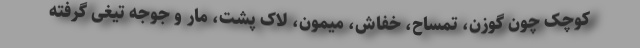
کوچک چون گوزن، تمساح، خفاش، میمون، لاک پشت، مار و جوجه تیغی گرفته